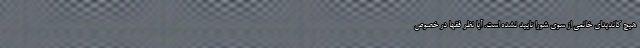
هیچ کاندیدای خانمی از سوی شورا تایید نشده است. آیا نظر فقها در خصوص